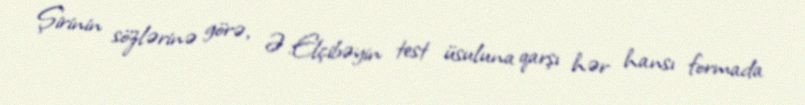
Şirinin sözlərinə görə, Ə.Elçibəyin test üsuluna qarşı hər hansı formada